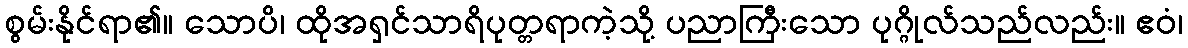
စွမ်းနိုင်ရာ၏။ သောပိ၊ ထိုအရှင်သာရိပုတ္တရာကဲ့သို့ ပညာကြီးသော ပုဂ္ဂိုလ်သည်လည်း။ ဧဝံ၊